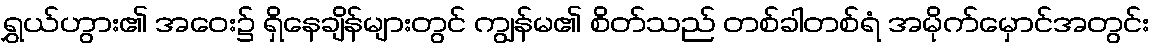
ရွှယ်ဟွား၏ အဝေး၌ ရှိနေချိန်များတွင် ကျွန်မ၏ စိတ်သည် တစ်ခါတစ်ရံ အမိုက်မှောင်အတွင်း